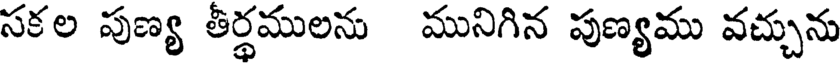
సకల పుణ్య తీర్థములను మునిగిన పుణ్యము వచ్చును